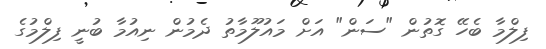
ފިލްމާ ބެހޭ ގޮތުން "ސަން" އަށް މައުލޫމާތު ދެމުން ނިއުމާ ބުނީ ފިލްމުގެ